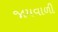
જામવાળી